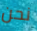
نحن